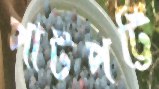
পাটপট্টি